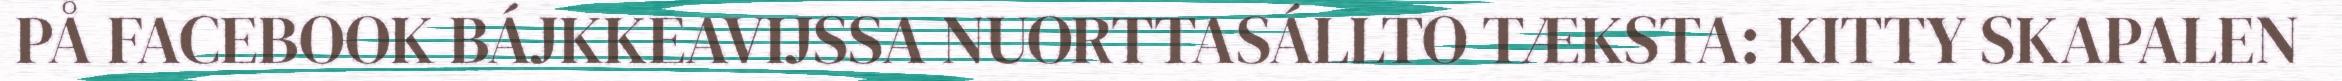
PÅ FACEBOOK BÁJKKEAVIJSSA NUORTTASÁLLTO TÆKSTA: KITTY SKAPALEN